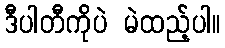
ဒီပါတီကိုပဲ မဲထည့်ပါ။